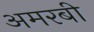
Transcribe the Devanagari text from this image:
अमरबी